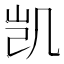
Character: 凯